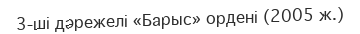
3-ші дәрежелі «Барыс» ордені (2005 ж.)